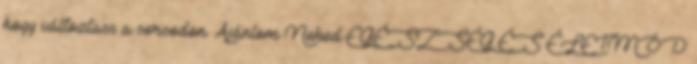
hogy változtass a sorsodon. Ajánlom Neked EGÉSZSÉG ÉS ÉLETMÓD